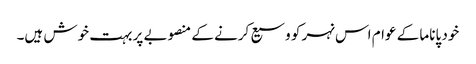
خود پاناما کے عوام اس نہر کو وسیع کرنے کے منصوبے پر بہت خوش ہیں۔